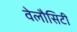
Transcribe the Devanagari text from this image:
वेलौसिटी